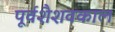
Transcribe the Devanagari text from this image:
पूर्वशैशवकाल